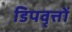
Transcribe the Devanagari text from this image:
डिपवृत्तों